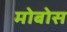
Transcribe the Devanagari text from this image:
मोबोस